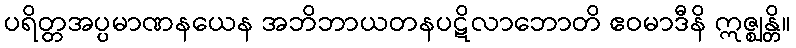
ပရိတ္တအပ္ပမာဏနယေန အဘိဘာယတနပဋိလာဘောတိ ဧဝမာဒီနိ ဣဇ္ဈန္တိ။